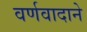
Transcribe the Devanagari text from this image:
वर्णवादाने